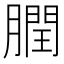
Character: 膶